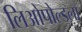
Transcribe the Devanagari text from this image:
लिओपोल्डला